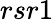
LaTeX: rsr1